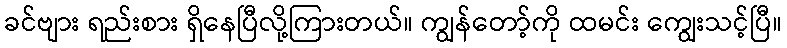
ခင်ဗျား ရည်းစား ရှိနေပြီလို့ကြားတယ်။ ကျွန်တော့်ကို ထမင်း ကျွေးသင့်ပြီ။